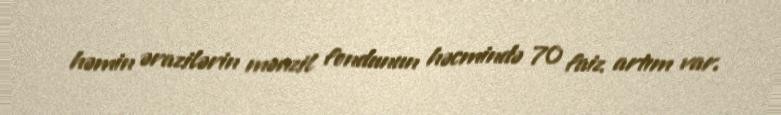
həmin ərazilərin mənzil fondunun həcmində 70 faiz artım var.